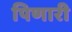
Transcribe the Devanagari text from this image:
पिणारी